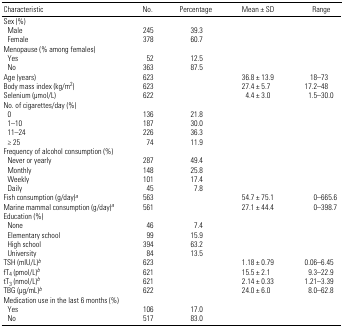
<table><thead><tr><td><b>Characteristic</b></td><td><b>No.</b></td><td><b>Percentage</b></td><td><b>Mean ± SD</b></td><td><b>Range</b></td></tr></thead><tbody><tr><td colspan="5">Sex (%)</td></tr><tr><td> Male</td><td>245</td><td>39.3</td><td></td><td></td></tr><tr><td> Female</td><td>378</td><td>60.7</td><td></td><td></td></tr><tr><td colspan="5">Menopause (% among females)</td></tr><tr><td> Yes</td><td>52</td><td>12.5</td><td></td><td></td></tr><tr><td> No</td><td>363</td><td>87.5</td><td></td><td></td></tr><tr><td>Age (years)</td><td>623</td><td></td><td>36.8 ± 13.9</td><td>18–73</td></tr><tr><td>Body mass index (kg/m<sup>2</sup>)</td><td>623</td><td></td><td>27.4 ± 5.7</td><td>17.2–48</td></tr><tr><td>Selenium (μmol/L)</td><td>622</td><td></td><td>4.4 ± 3.0</td><td>1.5–30.0</td></tr><tr><td colspan="5">No. of cigarettes/day (%)</td></tr><tr><td> 0</td><td>136</td><td>21.8</td><td></td><td></td></tr><tr><td> 1–10</td><td>187</td><td>30.0</td><td></td><td></td></tr><tr><td> 11–24</td><td>226</td><td>36.3</td><td></td><td></td></tr><tr><td> ≥ 25</td><td>74</td><td>11.9</td><td></td><td></td></tr><tr><td colspan="5">Frequency of alcohol consumption (%)</td></tr><tr><td> Never or yearly</td><td>287</td><td>49.4</td><td></td><td></td></tr><tr><td> Monthly</td><td>148</td><td>25.8</td><td></td><td></td></tr><tr><td> Weekly</td><td>101</td><td>17.4</td><td></td><td></td></tr><tr><td> Daily</td><td>45</td><td>7.8</td><td></td><td></td></tr><tr><td>Fish consumption (g/day)a</td><td>563</td><td></td><td>54.7 ± 75.1</td><td>0–665.6</td></tr><tr><td>Marine mammal consumption (g/day)a</td><td>561</td><td></td><td>27.1 ± 44.4</td><td>0–398.7</td></tr><tr><td colspan="5">Education (%)</td></tr><tr><td> None</td><td>46</td><td>7.4</td><td></td><td></td></tr><tr><td> Elementary school</td><td>99</td><td>15.9</td><td></td><td></td></tr><tr><td> High school</td><td>394</td><td>63.2</td><td></td><td></td></tr><tr><td> University</td><td>84</td><td>13.5</td><td></td><td></td></tr><tr><td>TSH (mIU/L)b</td><td>623</td><td></td><td>1.18 ± 0.79</td><td>0.06–6.45</td></tr><tr><td>fT<sub>4</sub> (pmol/L)b</td><td>621</td><td></td><td>15.5 ± 2.1</td><td>9.3–22.9</td></tr><tr><td>tT<sub>3</sub> (nmol/L)b</td><td>621</td><td></td><td>2.14 ± 0.33</td><td>1.21–3.39</td></tr><tr><td>TBG (μg/mL)b</td><td>622</td><td></td><td>24.0 ± 6.0</td><td>8.0–62.8</td></tr><tr><td colspan="5">Medication use in the last 6 months (%)</td></tr><tr><td> Yes</td><td>106</td><td>17.0</td><td></td><td></td></tr><tr><td> No</td><td>517</td><td>83.0</td><td></td><td></td></tr></tbody></table>